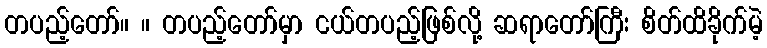
တပည့်တော်။ ။ တပည့်တော်မှာ ငယ်တပည့်ဖြစ်လို့ ဆရာတော်ကြီး စိတ်ထိခိုက်မဲ့